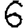
Digit: 6